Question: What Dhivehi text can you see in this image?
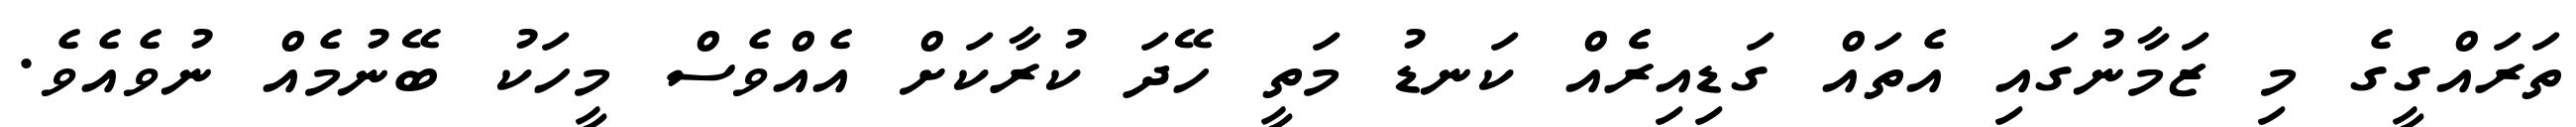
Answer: ތަރައްގީގެ މި ޒަމާނުގައި އެތައް ގަޑިއިރެެއް ކަނޑު މަތީ ހޭދަ ކުރާކަށް އެއްވެސް މީހަކު ބޭނުމެއް ނުވެއެވެ.